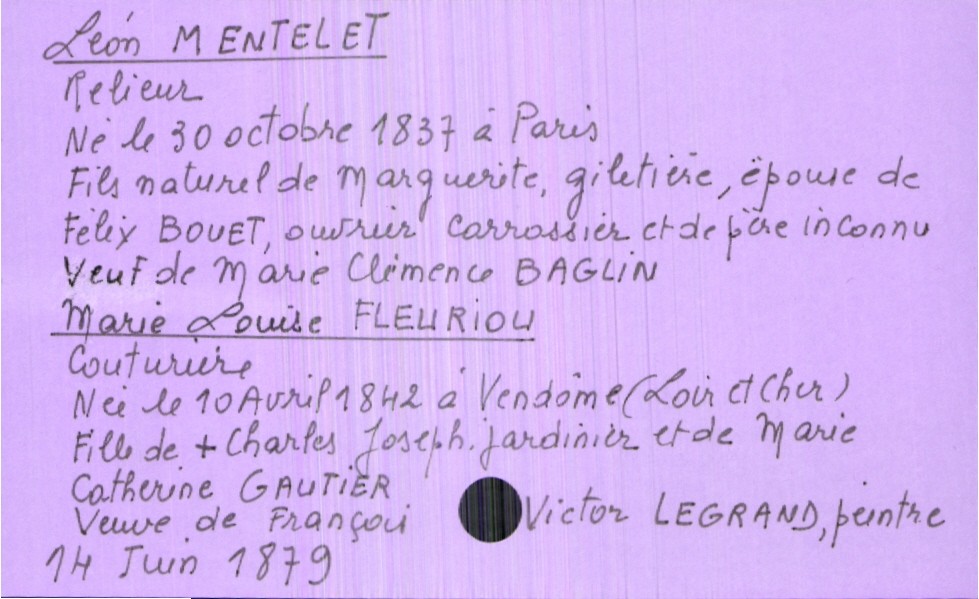
type_acte: Mariage
année: 1879
mois: juin
jour: 14
marié_nom: Mentelet
marié_prénom: Léon
marié_profession: relieur
marié_date_de_naissance: 30 octobre 1837
marié_lieu_de_naissance: Paris
marié_statut: veuf
mère_marié_nom: Mentelet
mère_marié_prénom: Marguerite
mère_marié_profession: giletière
mariée_nom: Fleuriou
mariée_prénom: Marie Louise
mariée_profession: couturière
mariée_date_de_naissance: 10avril 1842
mariée_lieu_de_naissance: Vendôme (Loir et Cher)
mariée_statut: veuve
père_mariée_nom: Fleuriou
père_mariée_prénom: Charles Joseph
père_mariée_profession: jardinier
père_mariée_statut: décédé
mère_mariée_nom: Gautier
mère_mariée_prénom: Marie Catherine
mère_mariée_statut: décédée